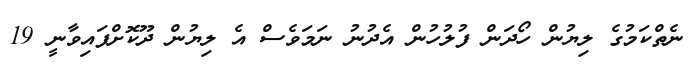
ނެތްކަމުގެ ލިޔުން ހޯދަން ފުލުހުން އެދުނު ނަމަވެސް އެ ލިޔުން ދޫކޮށްފައިވާނީ 19